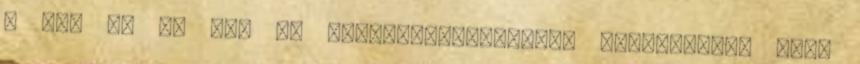
– pl. V. D. Gy. -, szabadkőműveseket, ügynökö­ket, vagy